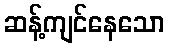
ဆန့်ကျင်နေသော